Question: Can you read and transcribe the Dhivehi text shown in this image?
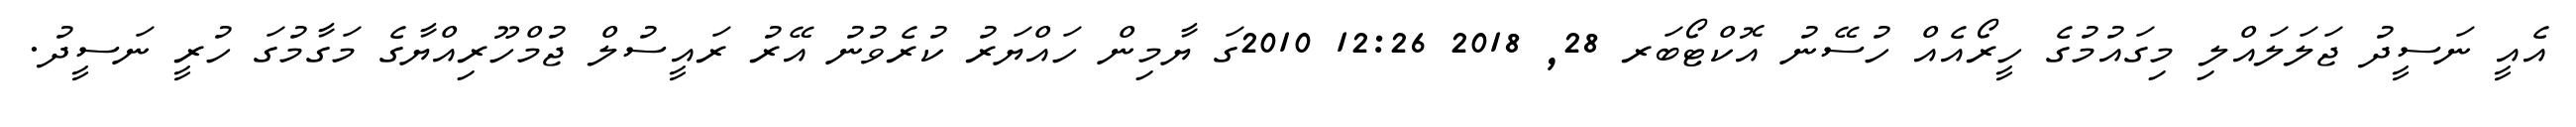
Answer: އެއީ ނަސީދު ޖަލަލައްލި މިގައުމުގެ ހީރޯއެއް ހުސޭނު އޮކްޓޯބަރ 28, 2018 12:26 2010ގަ ޔާމިން ހައްޔަރު ކުރެވުނު އޭރު ރައީސުލް ޖުމްހޫރިއްޔާގެ މަގާމުގަ ހުރީ ނަސީދު.